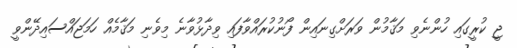
ޖީ ކުރީގައި ހުންނެވި މަޤާމުން ވަރަށްގިނައިން ފޯނުކުރައްވާފައި ވިދާޅުވާނެ މިވެނި މަޤާމެއް ހަމަޖައްސައިދޭންވީ